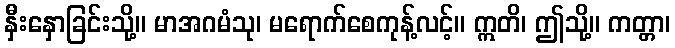
နှီးနှောခြင်းသို့။ မာအဂမံသု၊ မရောက်စေကုန့်လင့်။ ဣတိ၊ ဤသို့။ ကတ္တာ၊